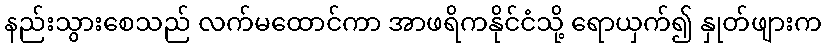
နည်းသွားစေသည် လက်မထောင်ကာ အာဖရိကနိုင်ငံသို့ ရောယှက်၍ နှုတ်ဖျားက